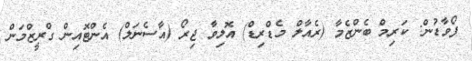
ފޯވާޑުން: ކަރިމް ބެންޒެމާ (ރެއާލް މެޑްރިޑް) އޮލިވާ ޖިރޯ (އާސެނަލް) އެންޓޮއިން ގްރީޒްމަން